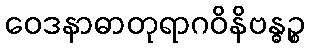
ဝေဒနာဓာတုရာဂဝိနိဗန္ဓဉ္စ